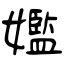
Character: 㜮